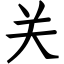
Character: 关